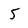
Character: 5